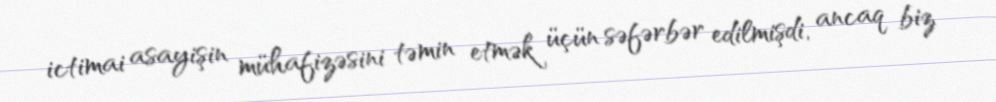
ictimai asayişin mühafizəsini təmin etmək üçün səfərbər edilmişdi, ancaq biz